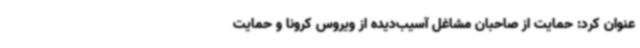
عنوان کرد: حمایت از صاحبان مشاغل آسیب‌دیده از ویروس کرونا و حمایت